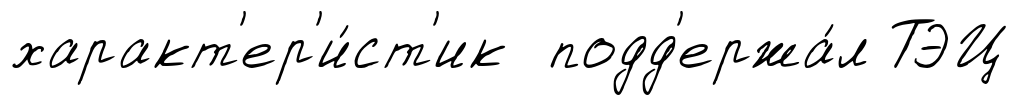
характ'ер'и́ст'ик подд'ержа́л ТЭЦ